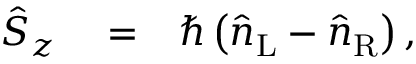
\begin{array} { r l r } { \hat { S } _ { z } } & { { } = } & { \hbar \left( \hat { n } _ { \mathrm { L } } - \hat { n } _ { \mathrm { R } } \right) , } \end{array}